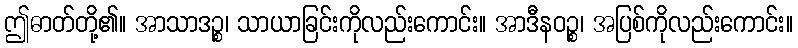
ဤဓာတ်တို့၏။ အာသာဒဉ္စ၊ သာယာခြင်းကိုလည်းကောင်း။ အာဒီနဝဉ္စ၊ အပြစ်ကိုလည်းကောင်း။